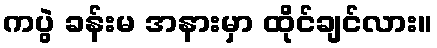
ကပွဲ ခန်းမ အနားမှာ ထိုင်ချင်လား။